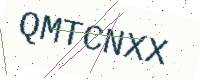
Text: QMTCNXX